Civil Veterinary Dept. North-West Frontier Province 1901-22 - 1901-1922
Year: 1901
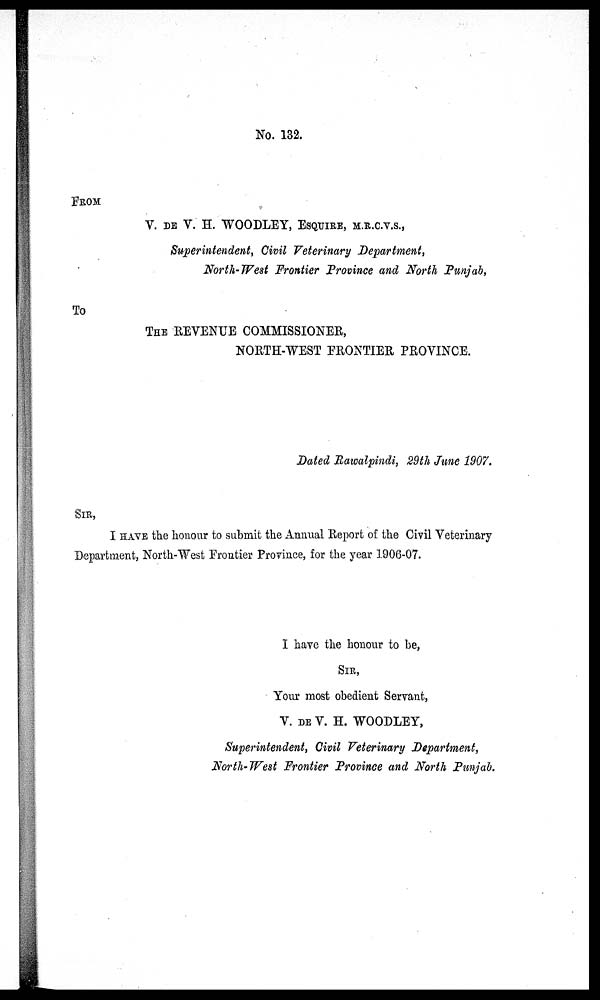
No. 132.
FROM
V. DE V. H. WOODLEY, ESQUIRE, M.R.C.V.S.,
Superintendent, Civil Veterinary Department,
North-West Frontier Province and North Punjab,
To
THE REVENUE COMMISSIONER,
NORTH-WEST FRONTIER PROVINCE.
Dated Rawalpindi, 29th June 1907.
SIR,
I HAVE the honour to submit the Annual Report of the Civil Veterinary
Department, North-West Frontier Province, for the year 1906-07.
I have the honour to be,
SIR,
Your most obedient Servant,
V. DE V. H. WOODLEY,
Superintendent, Civil Veterinary Department,
North-West Frontier Province and North Punjab.